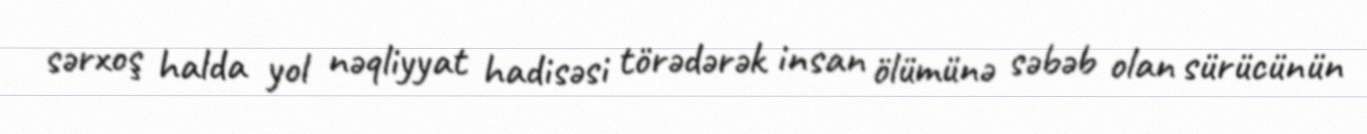
sərxoş halda yol nəqliyyat hadisəsi törədərək insan ölümünə səbəb olan sürücünün